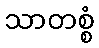
သာတစ္စံ